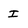
Character: I